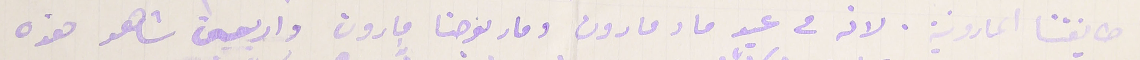
طايفتنا المارونية. لانه فى عيد ما مارون ومار يوحنا مارون واربعين شاهد هذه